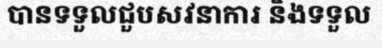
បានទទួលជួបសវនាការ និងទទួល